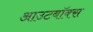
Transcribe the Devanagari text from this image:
आउटबॉक्स